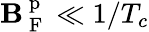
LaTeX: \mathbf{B}_{\mathrm{{~F~}}}^{\mathrm{{~p~}}}\ll1/T_{c}